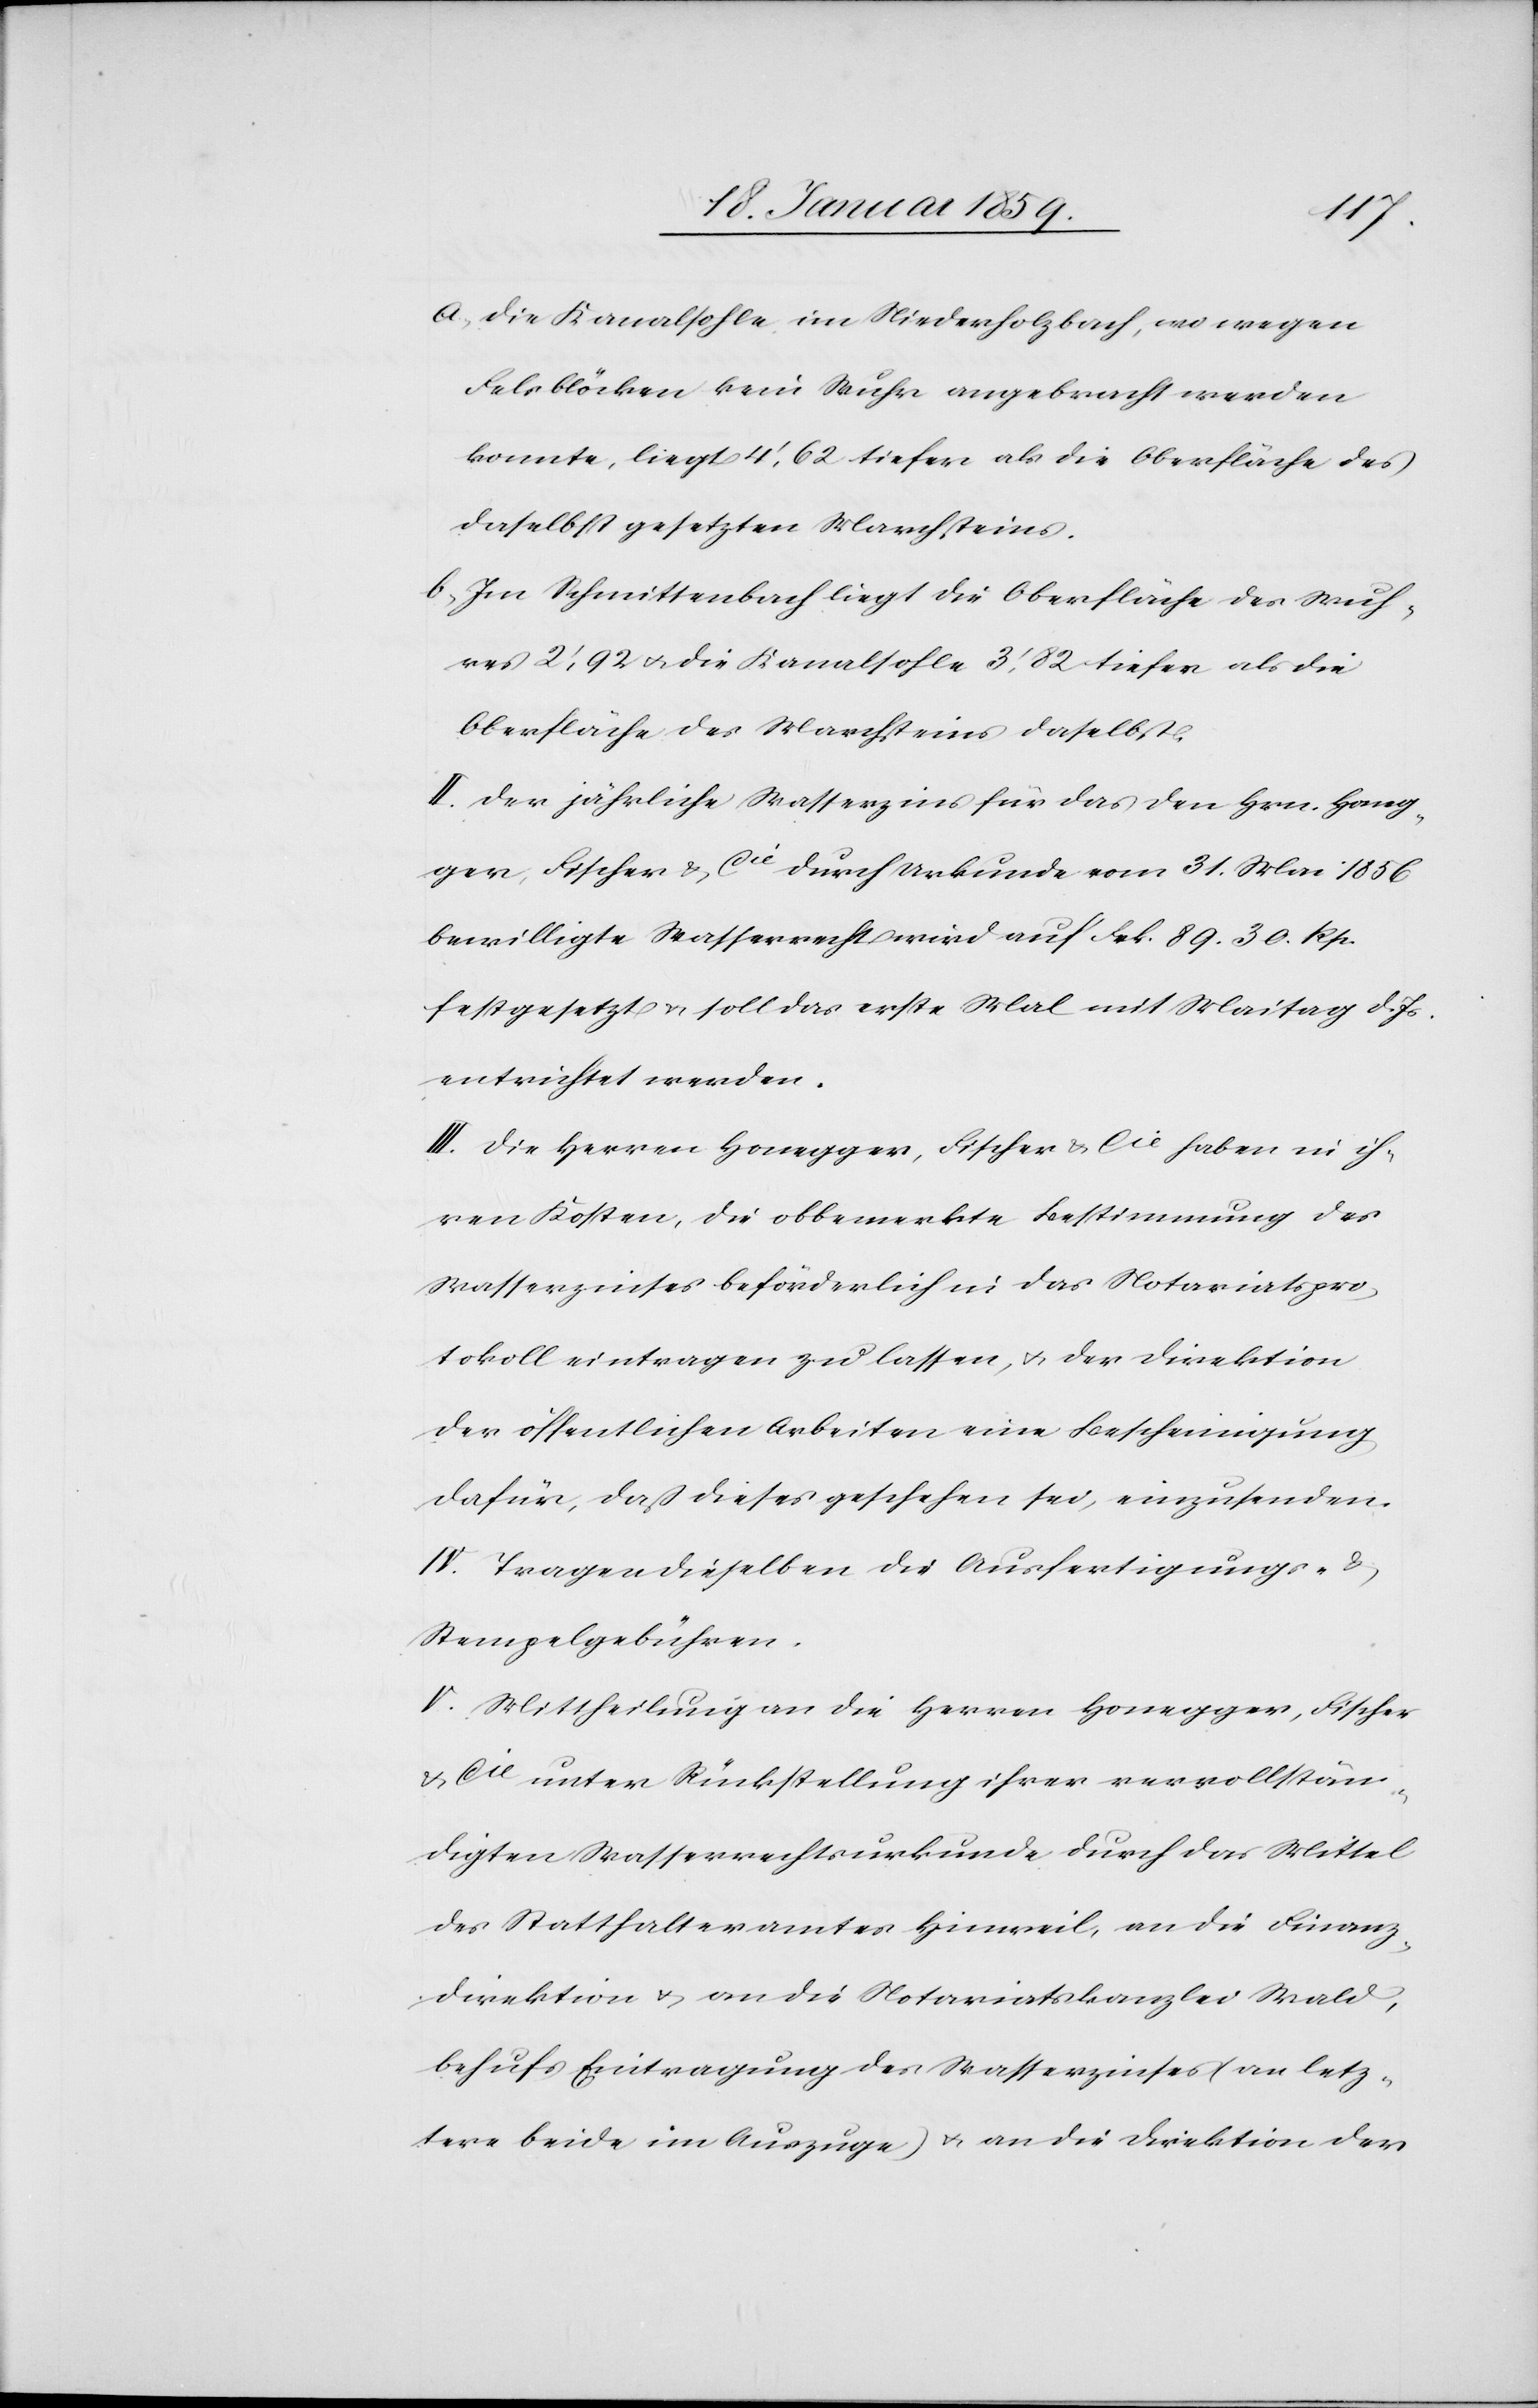
a. Die Kanalsohle im Niederholzbach, wo wegen
Felsblöcken kein Wuhr angebracht werden
konnte, liegt 4',62 tiefer als die Oberfläche des
daselbst gesetzten Marchsteines.
b. Im Schmittenbach liegt die Oberfläche des Wuh¬
res 2',92 u. die Kanalsohle 3',82 tiefer als die
Oberfläche des Marchsteins daselbst.
II. Der jährliche Wasserzins für das den Hrn. Honeg¬
ger, Fischer & Cie durch Urkunde vom 31. Mai 1856
bewilligte Wasserrecht wird auf Frk. 89.30. Rp.
festgesetzt u. soll das erste Mal mit Maitag d. Js.
entrichtet werden.
III Die Herren Honegger, Fischer & Cie haben in ih¬
ren Kosten, die obbemerkte Bestimmung des
Wasserzinses beförderlich in das Notariatspro¬
tokoll eintragen zu lassen, u. der Direktion
der öffentlichen Arbeiten eine Bescheinigung
dafür, daß dieses geschehen sei, einzusenden.
IV. Tragen dieselben die Ausfertigungs- &
Stempelgebühren.
V. Mittheilung an die Herren Honegger, Fischer
& Cie unter Rückstellung ihrer vervollstän¬
digten Wasserrechtsurkunde durch das Mittel
des Statthalteramtes Hinweil, an die Finanz¬
direktion & an die Notariatskanzlei Wald,
behufs Eintragung des Wasserzinses (an letz¬
tere beide im Auszuge) u. an die Direktion der